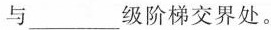
与___级阶梯交界处。